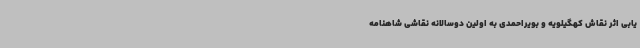
یابی اثر نقاش کهگیلویه و بویراحمدی به اولین دوسالانه نقاشی شاهنامه